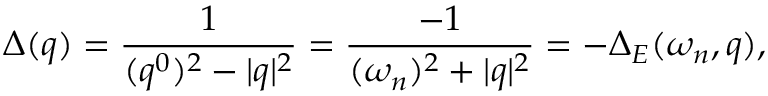
\Delta ( q ) = \frac { 1 } { ( q ^ { 0 } ) ^ { 2 } - | q | ^ { 2 } } = \frac { - 1 } { ( \omega _ { n } ) ^ { 2 } + | q | ^ { 2 } } = - \Delta _ { E } ( \omega _ { n } , q ) ,